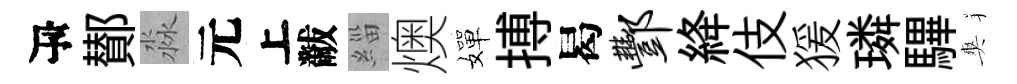
瓴鄼淼元上黻緇燠嬋搏曷酆絳伎猨璘驆爽